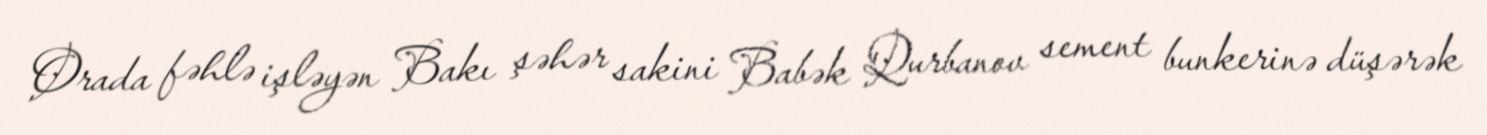
Orada fəhlə işləyən Bakı şəhər sakini Babək Qurbanov sement bunkerinə düşərək